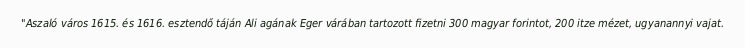
"Aszaló város 1615. és 1616. esztendő táján Ali agának Eger várában tartozott fizetni 300 magyar forintot, 200 itze mézet, ugyanannyi vajat.